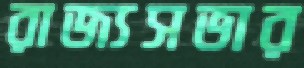
রাজ্যসভার